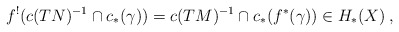
\begin{align*} f^!(c(TN)^{-1} \cap c_*(\gamma)) = c(TM)^{-1} \cap c_*(f^*(\gamma)) \in H_*(X)\:,\end{align*}